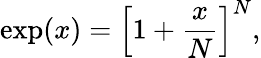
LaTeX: \exp(x)=\left[1+{\frac{x}{N}}\right]^{N},